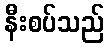
နီးစပ်သည်